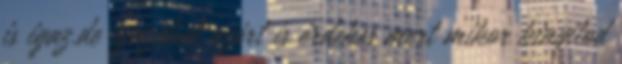
is igaz.de igazából azért is érdekes mert mikor kinyitod